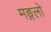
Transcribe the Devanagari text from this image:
मङ्गलो